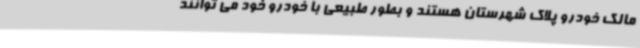
مالک خودرو پلاک شهرستان هستند و بطور طبیعی با خودرو خود می توانند